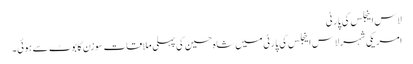
لاس اینجلس کی پارٹی
امریکی شہر لاس اینجلس کی پارٹی میں شاہ حسین کی پہلی ملاقات سوزن کابوٹ سے ہوئی۔